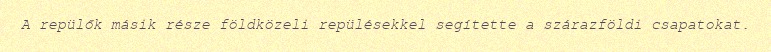
A repülők másik része földközeli repülésekkel segítette a szárazföldi csapatokat.